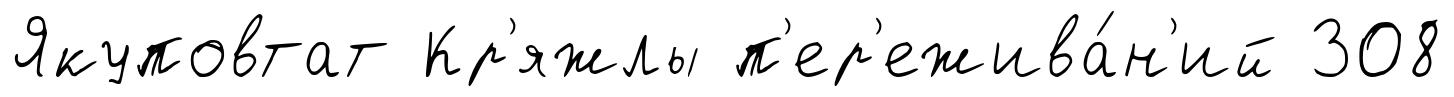
Якуповтат Кр'яжлы п'ер'ежива́н'ий 308